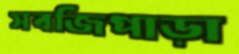
সবজিপাড়া